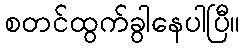
စတင်ထွက်ခွါနေပါပြီ။